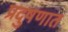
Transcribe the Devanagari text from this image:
प्रदुषणात